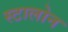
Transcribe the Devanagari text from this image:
स्टालोन